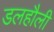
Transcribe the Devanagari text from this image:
डलहौली